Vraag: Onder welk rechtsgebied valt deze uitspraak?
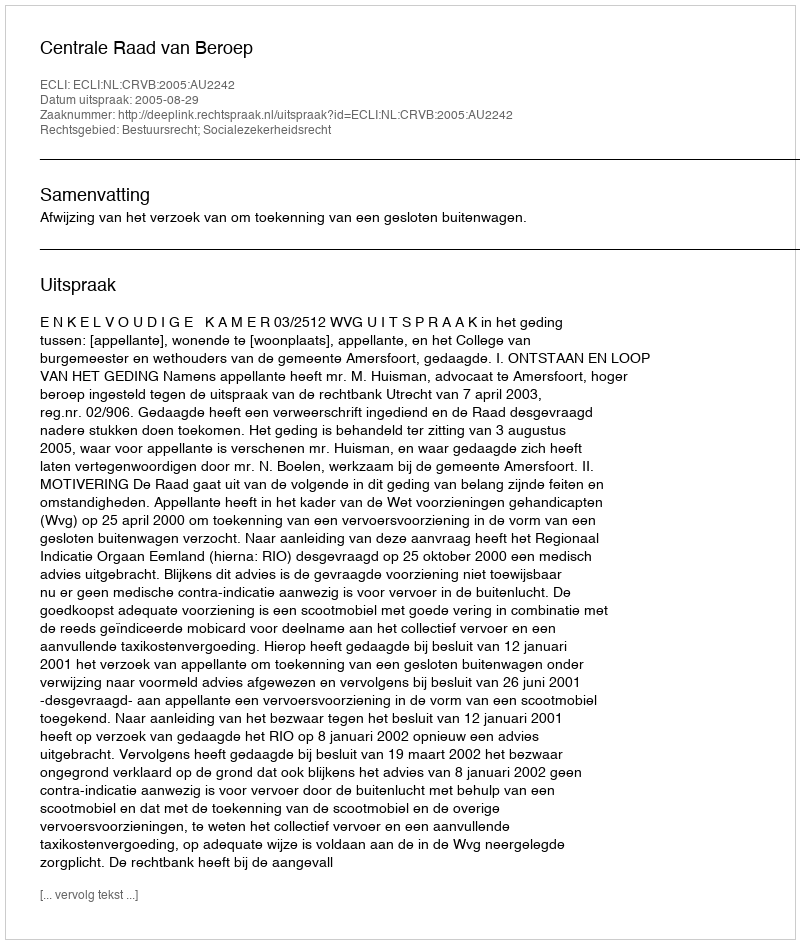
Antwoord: Bestuursrecht; Socialezekerheidsrecht